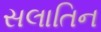
સલાતિન